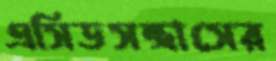
এসিডসন্ত্রাসের